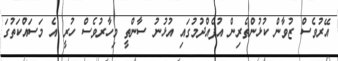
އޭރުވެސް ޒުވާން ކުޅުންތެރިން އުފެއްދުމުގައި އުޅުނު ސާންތީ މިހާރުވެސް ހުރީ އެ މަސައްކަތުގަ